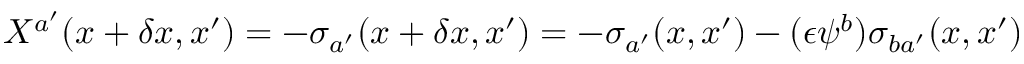
X ^ { a ^ { \prime } } ( x + \delta x , x ^ { \prime } ) = - \sigma _ { a ^ { \prime } } ( x + \delta x , x ^ { \prime } ) = - \sigma _ { a ^ { \prime } } ( x , x ^ { \prime } ) - ( \epsilon \psi ^ { b } ) \sigma _ { b a ^ { \prime } } ( x , x ^ { \prime } )